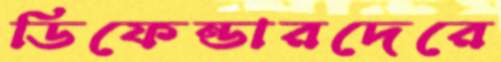
ডিফেন্ডারদেরে